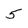
Character: 5